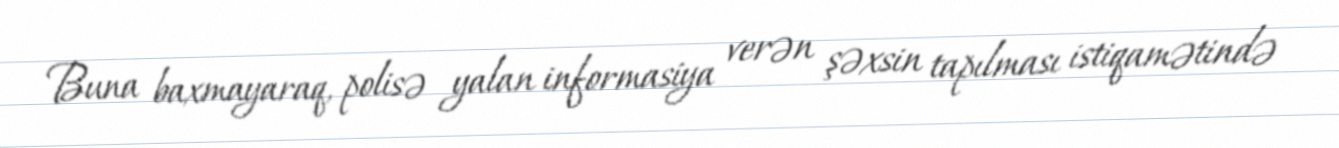
Buna baxmayaraq, polisə yalan informasiya verən şəxsin tapılması istiqamətində